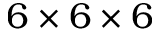
6 \times 6 \times 6